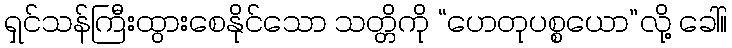
ရှင်သန်ကြီးထွားစေနိုင်သော သတ္တိကို “ဟေတုပစ္စယော”လို့ ခေါ်။